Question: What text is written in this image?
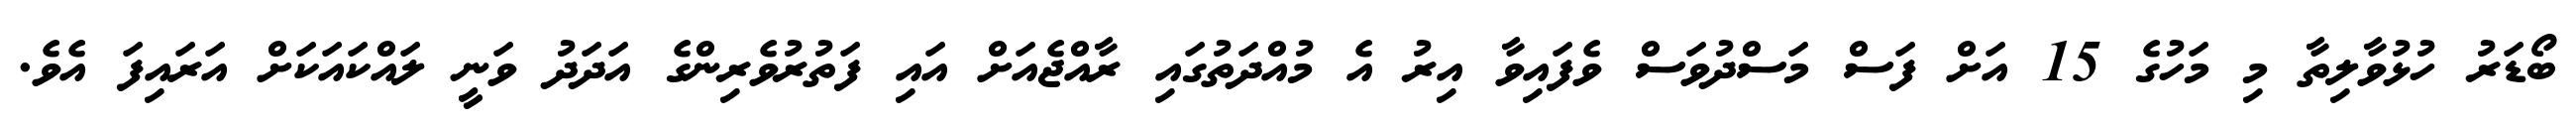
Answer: ބޯޑަރު ހުޅުވާލިތާ މި މަހުގެ 15 އަށް ފަސް މަސްދުވަސް ވެފައިވާ އިރު އެ މުއްދަތުގައި ރާއްޖެއަށް އައި ފަތުރުވެރިންގެ އަދަދު ވަނީ ލައްކައަކަށް އަރައިފަ އެވެ.